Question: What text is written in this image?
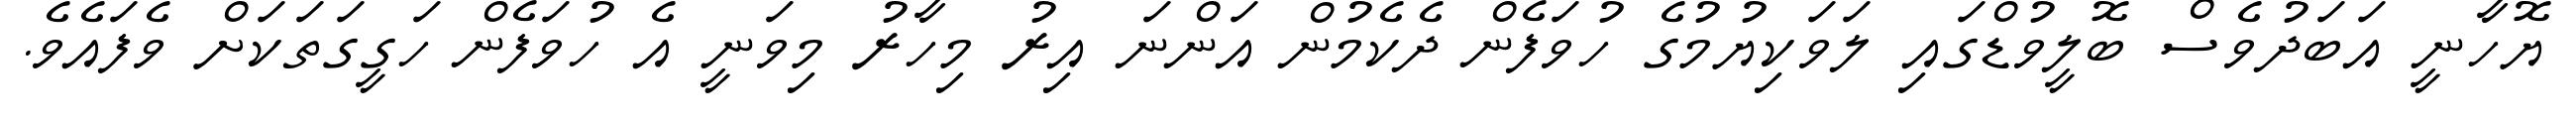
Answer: ޔޮހާނީ އަބަދުވެސް ބޮލީވުޑްގައި ލަވަކިޔުމުގެ ހުވަފެން ދެކެމުން އަންނަ އިރު މިހާރު މިވަނީ އެ ހުވަފެން ހަގީގަތަކަށް ވެފައެވެ.